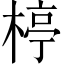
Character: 楟